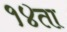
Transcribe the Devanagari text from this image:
१४ता